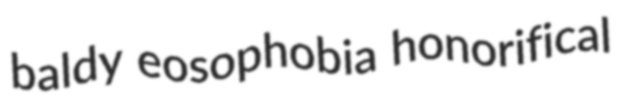
baldy eosophobia honorifical